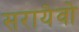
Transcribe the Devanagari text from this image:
सरायेवो